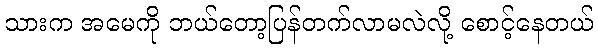
သားက အမေကို ဘယ်တော့ပြန်တက်လာမလဲလို့ စောင့်နေတယ်